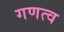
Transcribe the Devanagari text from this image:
गणत्व